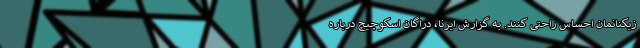
زیکنانمان احساس راحتی کنند. به گزارش ایرنا، دراگان اسکوچیچ درباره